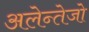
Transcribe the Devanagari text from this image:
अलेन्तेजो